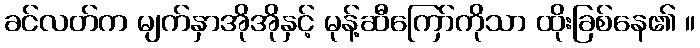
ခင်လတ်က မျက်နှာအိုအိုနှင့် မုန့်ဆီကြော်ကိုသာ ထိုးခြစ်နေ၏ ။